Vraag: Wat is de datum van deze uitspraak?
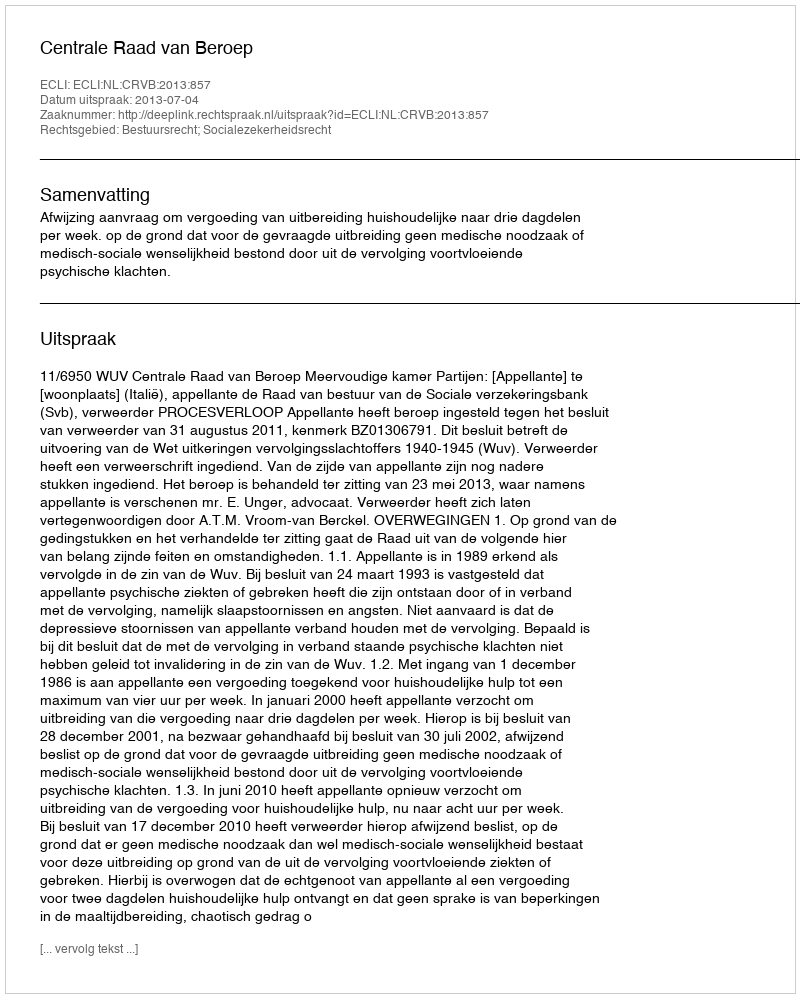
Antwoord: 2013-07-04